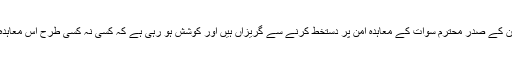
اس صورتحال میں پاکستان کے صدر محترم سوات کے معاہدہ امن پر دستخط کرنے سے گریزاں ہیں اور کوشش ہو رہی ہے کہ کسی نہ کسی طرح اس معاہدہ کو سبوتاژ کر دیا جائے۔